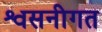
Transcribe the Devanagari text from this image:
श्वसनीगत